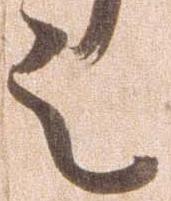
之